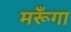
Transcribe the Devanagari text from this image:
मरूँगा